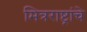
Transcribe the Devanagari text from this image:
मित्रराष्ट्रांचे